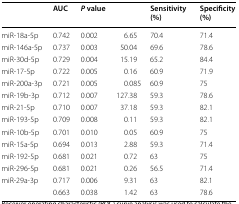
<table><thead><tr><td>[EMPTY_CELL]</td><td><b>AUC</b></td><td><b><i>P</i> value</b></td><td>[EMPTY_CELL]</td><td><b>Sensitivity (%)</b></td><td><b>Specificity (%)</b></td></tr></thead><tbody><tr><td>miR-18a-5p</td><td>0.742</td><td>0.002</td><td>6.65</td><td>70.4</td><td>71.4</td></tr><tr><td>miR-146a-5p</td><td>0.737</td><td>0.003</td><td>50.04</td><td>69.6</td><td>78.6</td></tr><tr><td>miR-30d-5p</td><td>0.729</td><td>0.004</td><td>15.19</td><td>65.2</td><td>84.4</td></tr><tr><td>miR-17-5p</td><td>0.722</td><td>0.005</td><td>0.16</td><td>60.9</td><td>71.9</td></tr><tr><td>miR-200a-3p</td><td>0.721</td><td>0.005</td><td>0.085</td><td>60.9</td><td>75</td></tr><tr><td>miR-19b-3p</td><td>0.712</td><td>0.007</td><td>127.38</td><td>59.3</td><td>78.6</td></tr><tr><td>miR-21-5p</td><td>0.710</td><td>0.007</td><td>37.18</td><td>59.3</td><td>82.1</td></tr><tr><td>miR-193-5p</td><td>0.709</td><td>0.008</td><td>0.11</td><td>59.3</td><td>82.1</td></tr><tr><td>miR-10b-5p</td><td>0.701</td><td>0.010</td><td>0.05</td><td>60.9</td><td>75</td></tr><tr><td>miR-15a-5p</td><td>0.694</td><td>0.013</td><td>2.88</td><td>59.3</td><td>71.4</td></tr><tr><td>miR-192-5p</td><td>0.681</td><td>0.021</td><td>0.72</td><td>63</td><td>75</td></tr><tr><td>miR-296-5p</td><td>0.681</td><td>0.021</td><td>0.26</td><td>56.5</td><td>71.4</td></tr><tr><td>miR-29a-3p</td><td>0.717</td><td>0.006</td><td>9.31</td><td>63</td><td>82.1</td></tr><tr><td>[EMPTY_CELL]</td><td>0.663</td><td>0.038</td><td>1.42</td><td>63</td><td>78.6</td></tr></tbody></table>